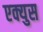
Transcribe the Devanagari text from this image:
एक्युस